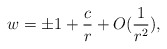
\begin{align*} w=\pm 1+\frac{c}{r}+O(\frac{1}{r^2}),\end{align*}